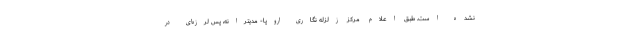
نشده است. طبق اعلام مرکز زلزله نگاری اروپا- مدیترانه، پس لرزه‌ای در